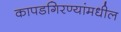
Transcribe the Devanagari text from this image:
कापडगिरण्यांमधील